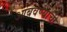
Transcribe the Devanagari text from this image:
आंबवण्याची